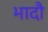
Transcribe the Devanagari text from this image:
भादौ